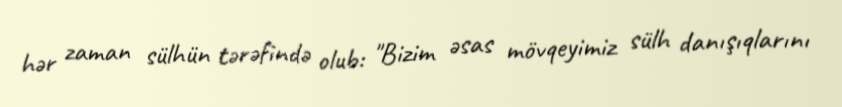
hər zaman sülhün tərəfində olub: "Bizim əsas mövqeyimiz sülh danışıqlarını